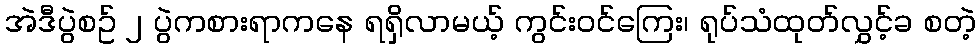
အဲဒီပွဲစဥ် ၂ ပွဲကစားရာကနေ ရရှိလာမယ့် ကွင်းဝင်ကြေး၊ ရုပ်သံထုတ်လွှင့်ခ စတဲ့